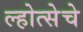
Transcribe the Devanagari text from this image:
ल्होत्सेचे